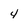
Character: 4